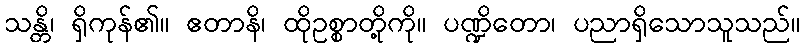
သန္တိ၊ ရှိကုန်၏။ ဧတာနိ၊ ထိုဥစ္စာတို့ကို။ ပဏ္ဍိတော၊ ပညာရှိသောသူသည်။